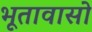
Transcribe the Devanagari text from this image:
भूतावासो